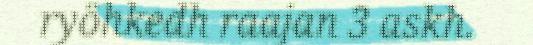
ryöhkedh raajan 3 askh.